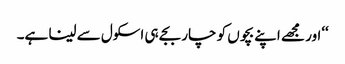
‘‘اور مجھے اپنے بچوں کو چار بجے ہی اسکول سے لینا ہے۔